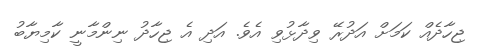
ޖިހާދެއް ކަމަށް އަދުރޭ ވިދާޅުވި އެވެ. އަދި އެ ޖިހާދު ނިންމާނީ ކާމިޔާބު